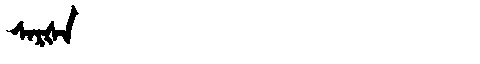
Manchu: ᠰᠠᡵᡧᠠ
Romanization: SARŠA